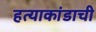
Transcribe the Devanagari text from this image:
हत्याकांडाची